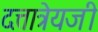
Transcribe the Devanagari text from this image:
दत्तात्रेयजी